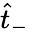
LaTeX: \hat{t}_{-}